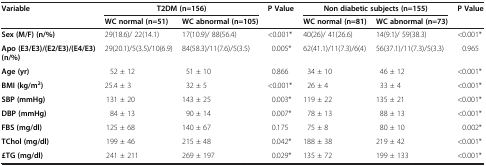
| Variable | <COLSPAN=2> T2DM (n=156) | P Value | <COLSPAN=2> Non diabetic subjects (n=155) | P Value |
 |  | WC normal (n=51) | WC abnormal (n=105) |  | WC normal (n=81) | WC abnormal (n=73) |  |
 | --- | --- | --- | --- | --- | --- | --- |
 | Sex (M/F) (n/%) | 29(18.6)/ 22(14.1) | 17(10.9)/ 88(56.4) | <0.001* | 40(26)/ 41(26.6) | 14(9.1)/ 59(38.3) | <0.001* |
 | Apo (E3/E3)/(E2/E3)/(E4/E3) (n/%) | 29(20.1)/5(3.5)/10(6.9) | 84(58.3)/11(7.6)/5(3.5) | 0.005* | 62(41.1)/11(7.3)/6(4) | 56(37.1)/11(7.3)/5(3.3) | 0.965 |
 | Age (yr) | 52 ± 12 | 51 ± 10 | 0.866 | 34 ± 10 | 46 ± 12 | <0.001* |
 | BMI (kg/m2) | 25.4 ± 3 | 32 ± 5 | <0.001* | 26 ± 4 | 33 ± 4 | <0.001* |
 | SBP (mmHg) | 131 ± 20 | 143 ± 25 | 0.003* | 119 ± 22 | 135 ± 21 | <0.001* |
 | DBP (mmHg) | 84 ± 13 | 90 ± 14 | 0.007* | 78 ± 13 | 88 ± 13 | <0.001* |
 | FBS (mg/dl) | 125 ± 68 | 140 ± 67 | 0.175 | 75 ± 8 | 80 ± 10 | 0.002* |
 | TChol (mg/dl) | 199 ± 46 | 215 ± 48 | 0.042* | 188 ± 38 | 219 ± 42 | <0.001* |
 | £TG (mg/dl) | 241 ± 211 | 269 ± 197 | 0.029* | 135 ± 72 | 199 ± 133 | <0.001* |